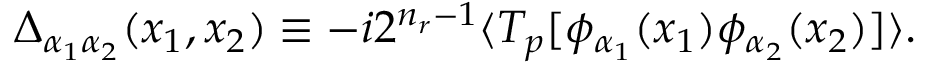
\Delta _ { \alpha _ { 1 } \alpha _ { 2 } } ( x _ { 1 } , x _ { 2 } ) \equiv - i 2 ^ { n _ { r } - 1 } \langle T _ { p } [ \phi _ { \alpha _ { 1 } } ( x _ { 1 } ) \phi _ { \alpha _ { 2 } } ( x _ { 2 } ) ] \rangle .